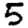
Digit: 5